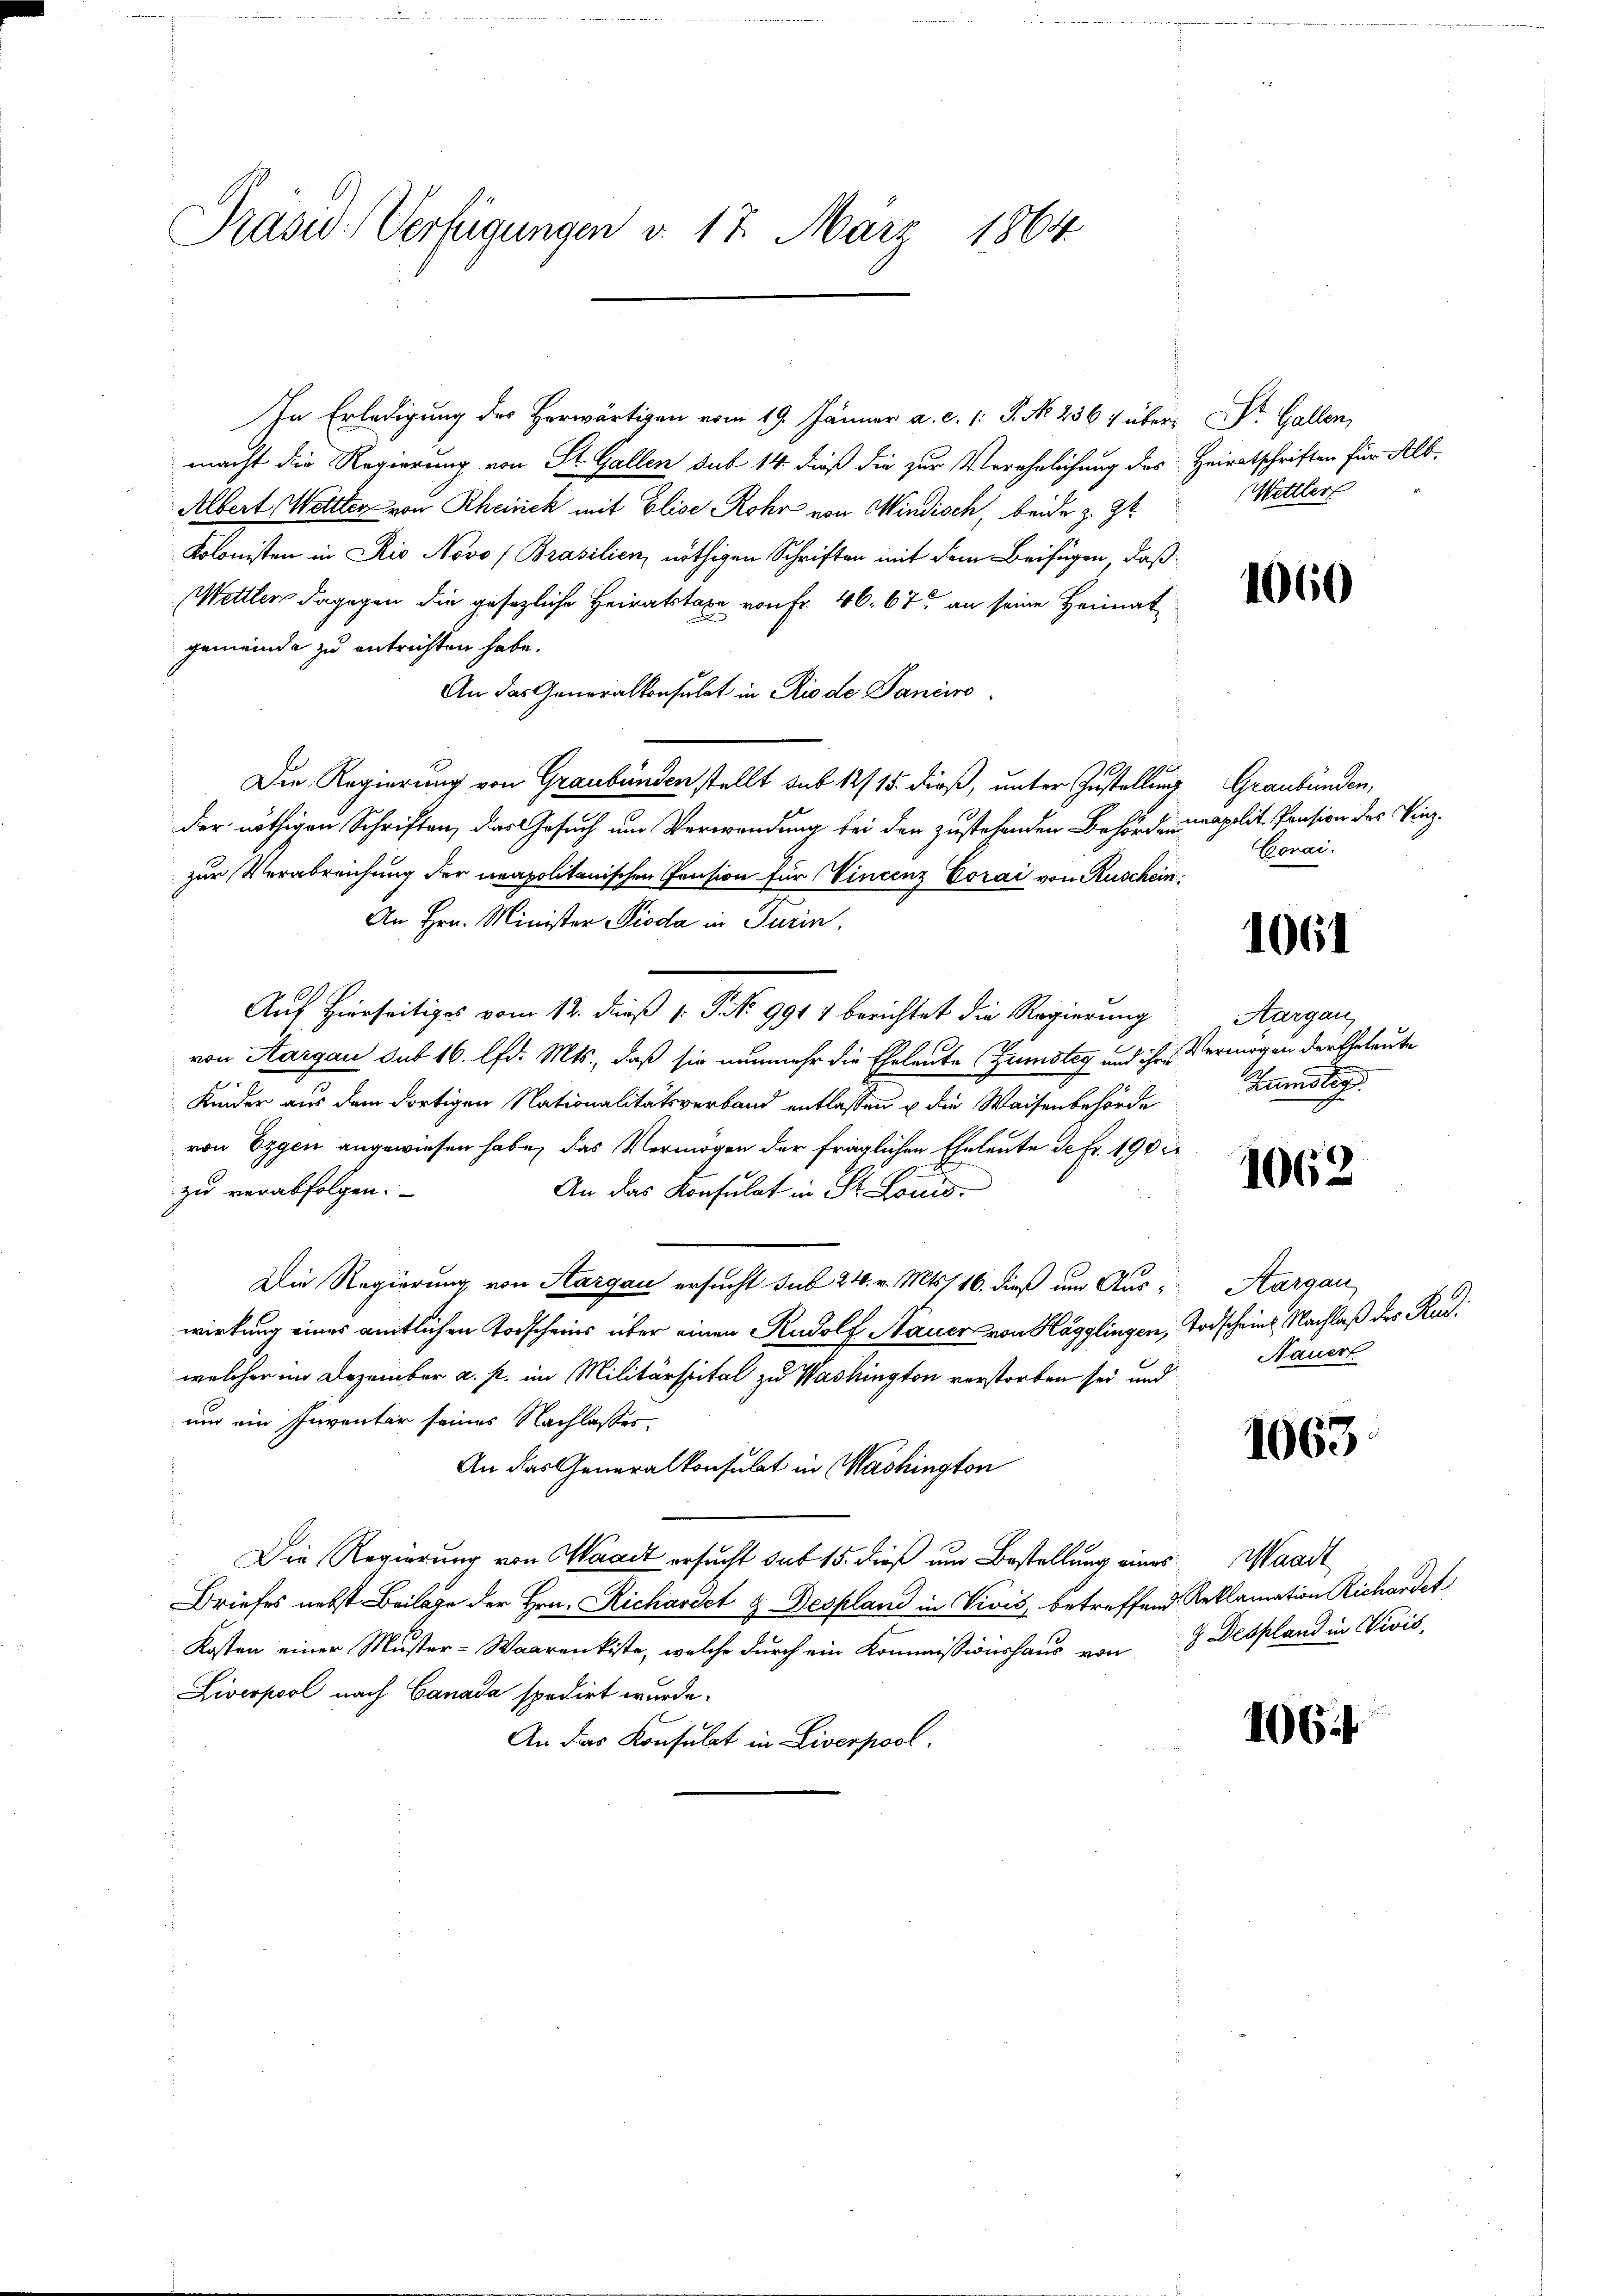
Prasw. Verfügungen d. 17. März 1864

In Erledigung des Herwärtigen vom 19. Jänner a. c. 1 S. No. 236 1 übermacht die Regierung von St. Gallen sub 14 dieß die zur Verehelichung des Heiratschriften für Alb
Albert Wettler von Rheinick mit Elise Rohr von Windisch, beide z. Zt
Kolonisten in Rio Novo (Brasilien, nöthigen Schriften mit dem Beifügen, daß
Mettler dagegen die gesezliche Heiratstaxe von Fr. 46. 67 an seine Heimat
gemeinde zu entrichten habe.
An das Generalkonsulat in Rio de Daniero
Die Regierung von Graubünden stellt sub 12/15. dieß, unter Zustellung Graubünden,
der nöthigen Schriften, das Gesuch um Verwendung bei den zustehenden Behördenapolit. Pension des Vinzzur Verabreichung der neapolitanischen Pension für Vincenz Corai von Ruschein
An Hrn. Minister Pioda in Turin.
Auf Hierseitiges vom 12. dieß P. No 9911 berichtet die Regierung
von Aargau sub 16. lfd. Mts., daß sie nunmehr die Eheleute (Zumstag und ihr Vermögen der Eheleute
Kinder aus dem dortigen Nationalitätsverband entlassen u die Waisenbehörde
von Eggen angewiesen habe, das Vermögen der fraglichen Eheleute de Fr. 190 c
zu verabfolgen.
An das Konsulat in St. Louis
Die Regierung von Aargau ersucht sub 24. v. Mts. 16. dieß um Auswirkung eines amtlichen Torscheins über einen Rudolf Nauer von Hägglingen,
welcher im Dezember a. p. im Militärspital zu Washington verstorben sei und
und ein Inventar seines Nachlasses.
An das Generalkonsulat in Washington
Die Regierung von Waadt ersucht sub 15. dieß um Bestellung eines Waadt
Briefes nebst Beilage der Hrn. Richartet  Despland in Vivis, betreffend Reklamation Richardet
Kosten einer Muster-Waarenkiste, welche durch ein Kommissionshaus von 8 Despland in Vivis,
Livcopool nach Canada spedirt wurde.
An das Konsulat in Liverpool.

Dr. Gallen
Mettler

1060

Conai.

1061

Aargau,
Samstag

1062

Aargau
Todscheint. Nachlaß des Rud.
Nauer

1063

106.